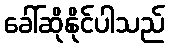
ခေါ်ဆိုနိုင်ပါသည်